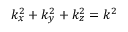
k _ { x } ^ { 2 } + k _ { y } ^ { 2 } + k _ { z } ^ { 2 } = k ^ { 2 }